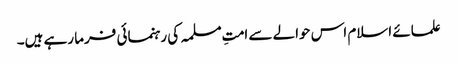
علمائے اسلام اس حوالے سے امتِ مسلمہ کی رہنمائی فرما رہے ہیں۔